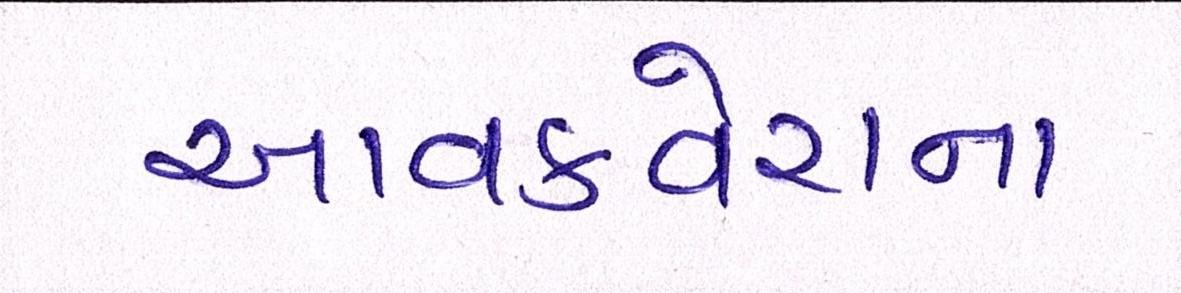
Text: આવકવેરાના